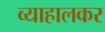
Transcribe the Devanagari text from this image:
व्याहालकर